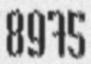
8975